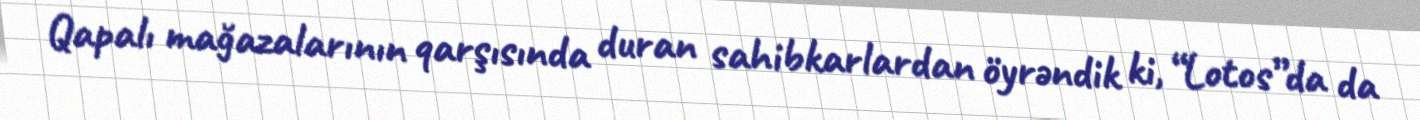
Qapalı mağazalarının qarşısında duran sahibkarlardan öyrəndik ki, “Lotos”da da